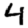
Digit: 4